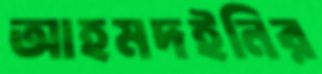
আহমদইনির